Plague in India, 1896, 1897 - Volume 2
Year: 1896
Disease focus: Plague
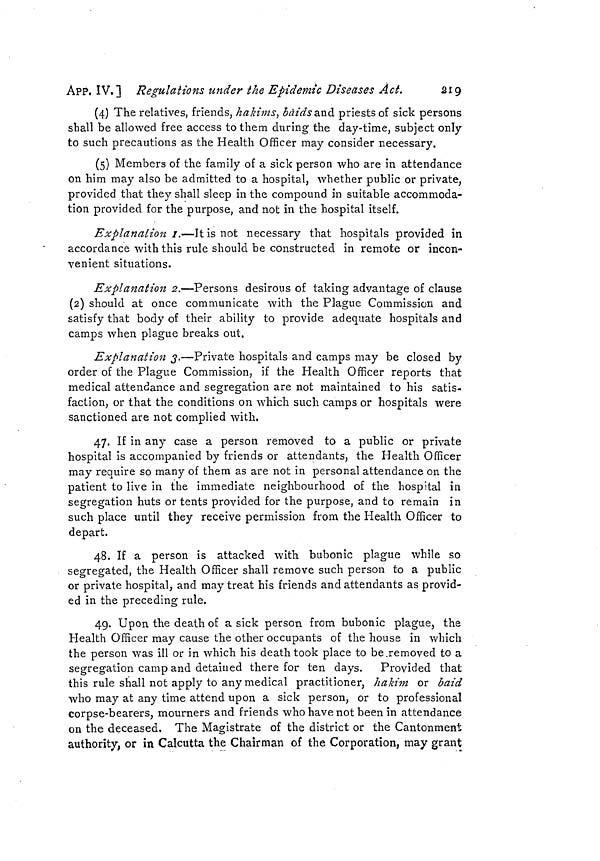
262
Measures to prevent the
[ APP. IX.
Bill of Health,
* Including officers and able-bodied
seamen.
This is to certify that the ship (or steamer)
sailing under
the
flag
and under the command of Captain
of
tons bound for
with a
crew of
persons* and
pas-
sengers and laden with a cargo of
is at the time of leaving this
port in a satisfactory sanitary condition, and that no case of infectious
disease dangerous to life exists among her officers, passengers, or
crew, all of whom have been inspected by me.
† Or as the case may be.
It is further certified that the town and port of Calcutta are at
present† free from epidemic cholera,
plague, yellow fever, and all other
dangerous epidemic diseases.
No. 79.
No. 226.T.—M , dated Darjeeling, the 28th May 1897.
From —H. H. RISLEY, Esq., C.I.E., Secretary to the Government of Bengal,
To—The Secretary to the Government of India, Home Department.
Under orders contained in the Home Department letter No. 395,
dated the 9th February 1897, I am directed to submit, for the in-
formation of the Government of India, a copy of revised Plague
Notification No. 3, dated the 25th May 1897, prescribing rules for
inspection of vessels leaving the ports in this Province for non-Indian
ports.
Notification by the Government of Bengal, No. 3, dated Darjeeling, the 25th
May 1897.
In exercise of the powers conferred by section 2 of the Epidemic
Diseases Act, 1897, and by the Notification of the Government of India
in the Home Department, No. 302, dated the 4th February, and in
supersession of Plague Notification No. 3, dated the l0th February
1897, which is hereby cancelled, the Lieutenant-Governor of Bengal
is pleased to declare that all vessels and persons leaving the under-
mentioned ports in Bengal shall be subjected to the rules in the
Regulation hereinafter set forth : —
Calcutta.
Chittagong.
Balasore.
Chandbally.
False Point.
Puri.
Rules.
1. No person shall be permitted to embark on board a vessel,
buggalow or native craft, within any of the above mentioned ports
bound for any port out of India, who has within the preceding ten
days resided in or visited a part of India believed by the Health
Officer of the Port to be infected by the plague.